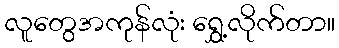
လူတွေအကုန်လုံး ရွှေ့လိုက်တာ။